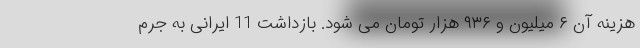
هزینه آن ۶ میلیون و ۹۳۶ هزار تومان می شود. بازداشت 11 ایرانی به جرم